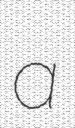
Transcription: a